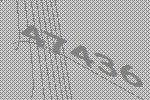
47436